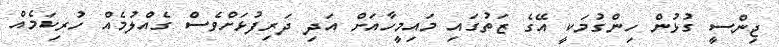
ޖިންސީ ގުޅުން ހިންގުމަކީ އޭގެ ޒަތުގައި މައިމީހާއަށް އަދި ދަރިފުޅަށްވެސް ގެއްލުމެއް ހުރިކަމެއް